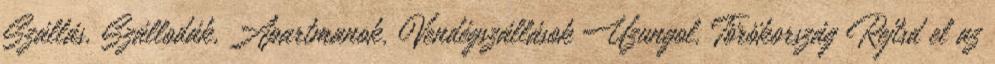
Szállás, Szállodák, Apartmanok, Vendégszállások Uzungol, Törökország Rejtsd el az